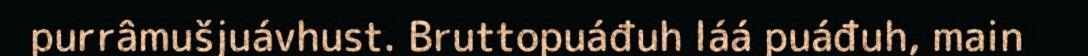
purrâmušjuávhust. Bruttopuáđuh láá puáđuh, main